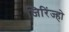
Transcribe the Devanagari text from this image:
जिरिंज्हो